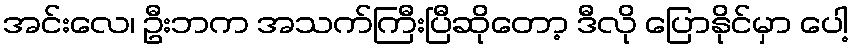
အင်းလေ၊ ဦးဘက အသက်ကြီးပြီဆိုတော့ ဒီလို ပြောနိုင်မှာ ပေါ့